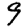
Digit: 9